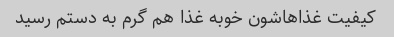
کیفیت غذاهاشون خوبه غذا هم گرم به دستم رسید